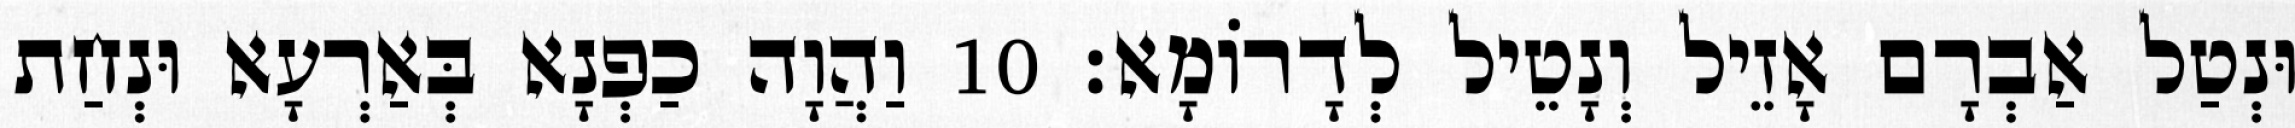
וּנְטַל אַבְרָם אָזֵיל וְנָטֵיל לְדָרוֹמָא׃ 10 וַהֲוָה כַפְנָא בְּאַרְעָא וּנְחַת